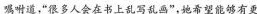
嘱咐道，”很多人会在书上乱写乱画”，她希望能够有更